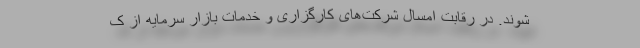
‌شوند. در رقابت امسال شرکت‌های کارگزاری و خدمات بازار سرمایه از ک